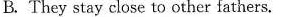
B. They stay close to other fathers.